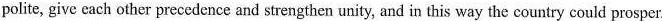
polite, give each other precedence and strengthen unity, and in this way the country could prosper.